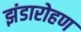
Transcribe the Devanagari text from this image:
झंडारोहण